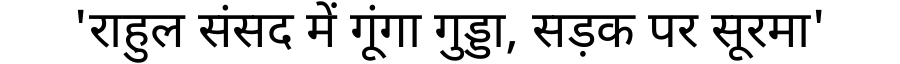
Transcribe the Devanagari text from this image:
'राहुल संसद में गूंगा गुड्डा, सड़क पर सूरमा'